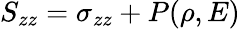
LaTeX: S_{zz}=\sigma_{zz}+P(\rho,E)